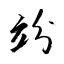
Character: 竕